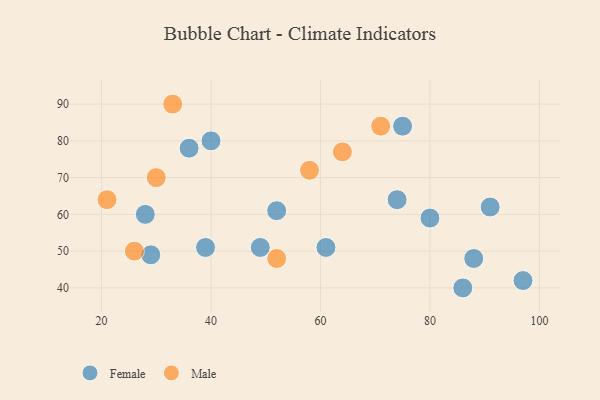
{"axis": {"x": "GDP", "y": "Life Expectancy"}, "legend": ["Female", "Male"], "data": [{"x": "29", "y": 49, "type": "Female"}, {"x": "88", "y": 48, "type": "Female"}, {"x": "74", "y": 64, "type": "Female"}, {"x": "80", "y": 59, "type": "Female"}, {"x": "86", "y": 40, "type": "Female"}, {"x": "75", "y": 84, "type": "Female"}, {"x": "39", "y": 51, "type": "Female"}, {"x": "49", "y": 51, "type": "Female"}, {"x": "28", "y": 60, "type": "Female"}, {"x": "52", "y": 61, "type": "Female"}, {"x": "36", "y": 78, "type": "Female"}, {"x": "91", "y": 62, "type": "Female"}, {"x": "40", "y": 80, "type": "Female"}, {"x": "97", "y": 42, "type": "Female"}, {"x": "61", "y": 51, "type": "Female"}, {"x": "58", "y": 72, "type": "Male"}, {"x": "33", "y": 90, "type": "Male"}, {"x": "52", "y": 48, "type": "Male"}, {"x": "26", "y": 50, "type": "Male"}, {"x": "71", "y": 84, "type": "Male"}, {"x": "30", "y": 70, "type": "Male"}, {"x": "64", "y": 77, "type": "Male"}, {"x": "21", "y": 64, "type": "Male"}]}